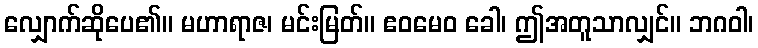
လျှောက်ဆိုပေ၏။ မဟာရာဇ၊ မင်းမြတ်။ ဧဝမေဝ ခေါ၊ ဤအတူသာလျှင်။ ဘဂဝါ၊